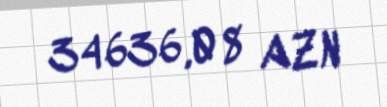
34636,08 AZN